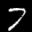
Label: 7